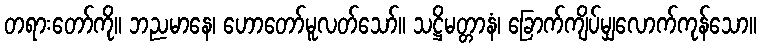
တရားတော်ကို။ ဘညမာနေ၊ ဟောတော်မူလတ်သော်။ သဋ္ဌိမတ္တာနံ၊ ခြောက်ကျိပ်မျှလောက်ကုန်သော။